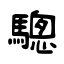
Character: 驄